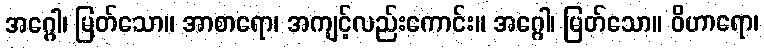
အဂ္ဂေါ၊ မြတ်သော။ အာစာရော၊ အကျင့်လည်းကောင်း။ အဂ္ဂေါ၊ မြတ်သော။ ဝိဟာရော၊